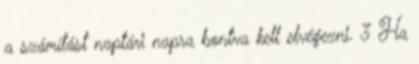
a számítást naptári napra bontva kell elvégezni. 3 Ha